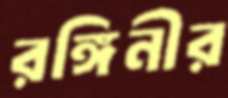
রঙ্গিনীর